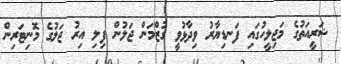
ޝަރީއަތުގެ މަޖިލީހުގައި ފަނޑިޔާރު ވިދާޅުވީ ގުޒްމަން ޖަލުން ފިލި އިރު ޖަލުގެ މޮނިޓަރިން